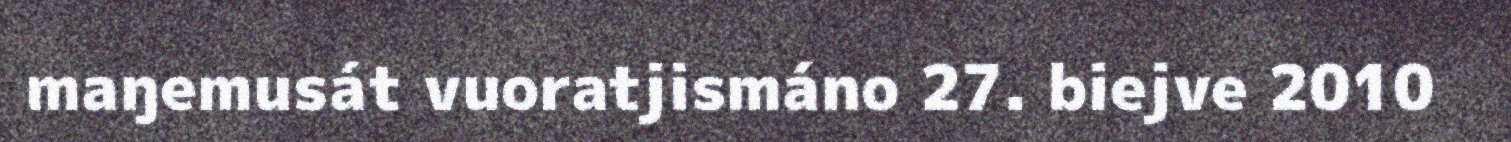
maŋemusát vuoratjismáno 27. biejve 2010